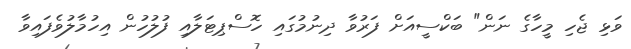
ވަޅި ޖެހި މީހާގެ ނަން" ބަކްސީއަށް ފަރުވާ ދިނުމުގައި ހޮސްޕިޓަލާއި ފުލުހުން އިހުމާލުވެފައިވާ